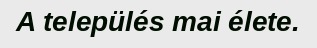
A település mai élete.